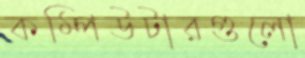
কম্পিউটারগুলো